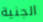
الجنية